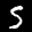
Label: 5